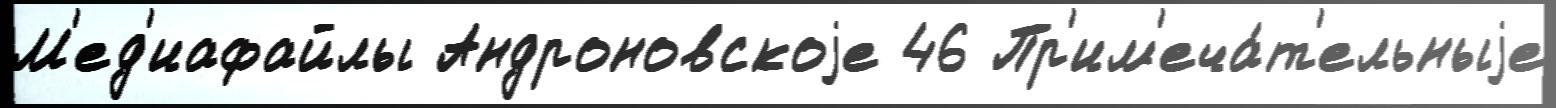
М'ед'иафайлы Андроновскоjе 46 Пр'им'еча́т'ельныjе